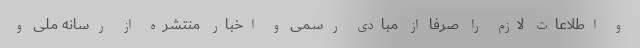
و اطلاعات لازم را صرفا از مبادی رسمی و اخبار منتشره از رسانه ملی و